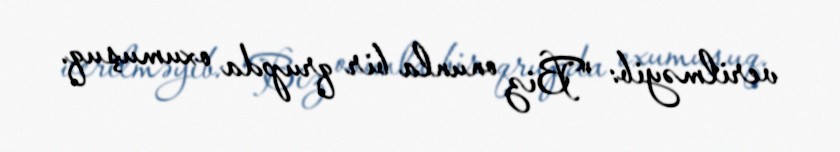
verilməyib: "Biz onunla bir qrupda oxumuşuq.